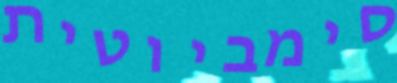
סימביוטית